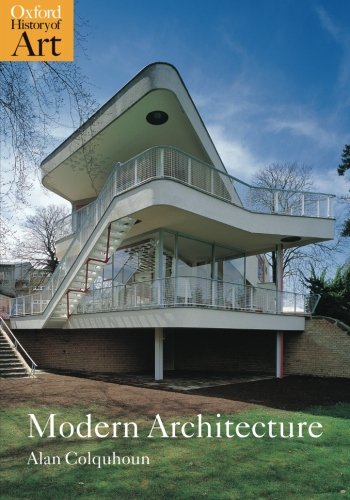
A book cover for Modern Architecture (Oxford History of Art); Alan Colquhoun; Arts & Photography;